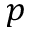
p